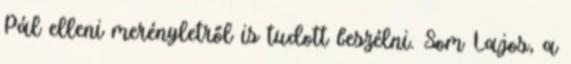
Pál elleni merényletről is tudott beszélni. Som Lajos, a